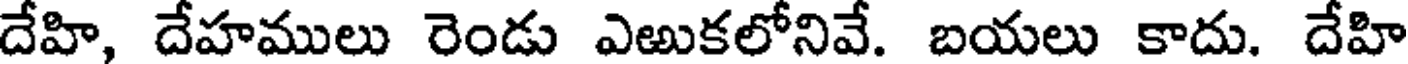
దేహి, దేహములు రెండు ఎఱుకలోనివే. బయలు కాదు. దేహి